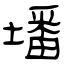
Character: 墦